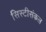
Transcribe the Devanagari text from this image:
सिस्टीसंकल